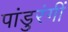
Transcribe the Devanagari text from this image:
पांडुरंगीं